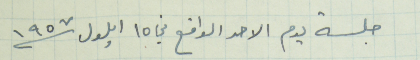
جلسة يوم الاحد الواقع في ١٥ ايلول سنة ١٩٥٧